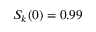
S _ { k } ( 0 ) = 0 . 9 9